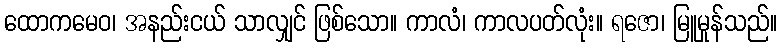
ထောကမေဝ၊ အနည်းငယ် သာလျှင် ဖြစ်သော။ ကာလံ၊ ကာလပတ်လုံး။ ရဇော၊ မြူမှုန်သည်။